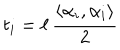
t _ { i } = \ell \, \frac { \left\langle \alpha _ { i } , \alpha _ { i } \right\rangle } { 2 }